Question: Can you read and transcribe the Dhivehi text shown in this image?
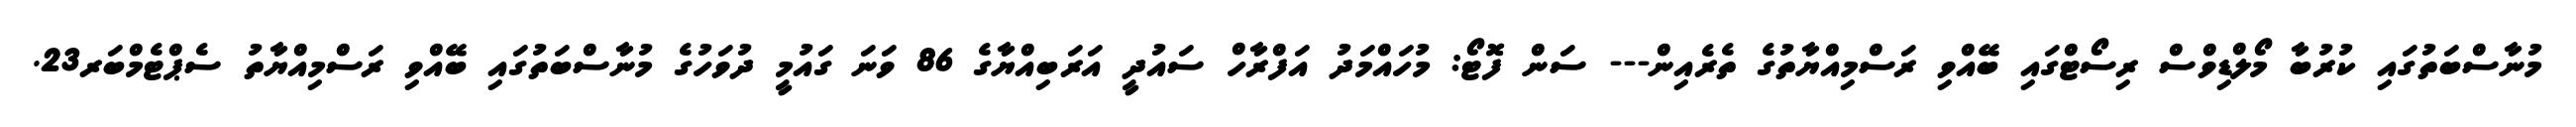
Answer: މުނާސްބަތުގައި ކުރުބާ މޯލްޑިވްސް ރިސޯޓްގައި ބޭއްވި ރަސްމިއްޔާތުގެ ތެރެއިން--- ސަން ފޮޓޯ: މުހައްމަދު އަފްރާހް ސައުދީ އަރަބިއްޔާގެ 86 ވަނަ ގައުމީ ދުވަހުގެ މުނާސްބަތުގައި ބޭއްވި ރަސްމިއްޔާތު ސެޕްޓެމްބަރ23.